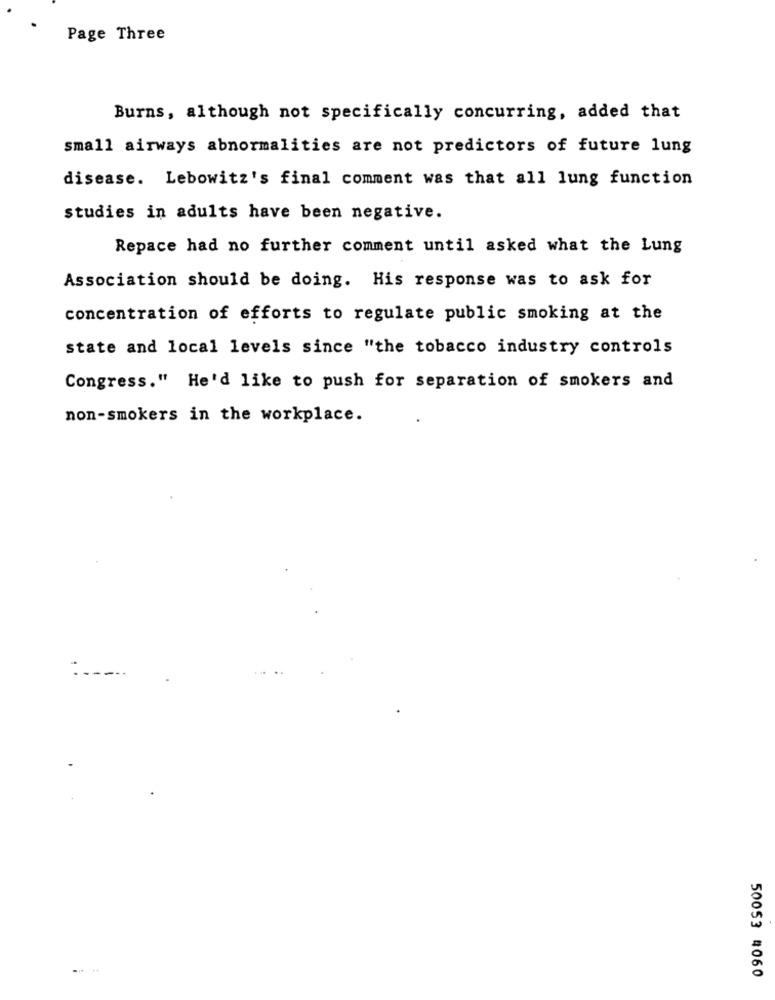
Page Three
Burns, although not specifically concurring, added that
small airways abnormalities are not predictors of future lung
disease. Lebowitz's final comment was that all lung function
studies in adults have been negative.
Repace had no further comment until asked what the Lung
Association should be doing. His response was to ask for
concentration of efforts to regulate public smoking at the
state and local levels since "the tobacco industry controls
Congress." He'd like to push for separation of smokers and
non-smokers in the workplace.
50053 #060